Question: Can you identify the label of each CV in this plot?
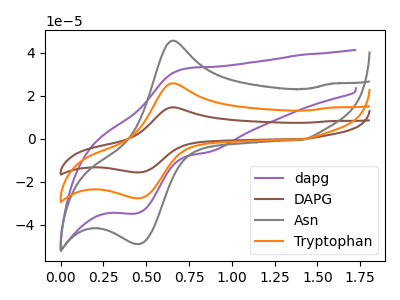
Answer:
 <answer>The purple curve is labeled "dapg". The brown curve is labeled "DAPG". The gray curve is labeled "Asn". The orange curve is labeled "Tryptophan".</answer>
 <eval></eval>